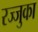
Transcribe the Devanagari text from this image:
रज्जुका